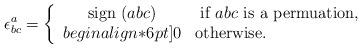
LaTeX: \begin{align*}\epsilon^a_{bc} = \left\{\begin{array}{cl} \mbox{sign } (abc) & \mbox{ if $abc$ is a permuation}, \\begin{align*}6pt]0 & \mbox{otherwise}. \end{array}\right.\end{align*}